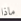
ماذا